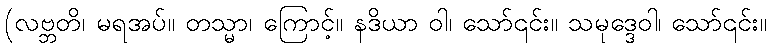
(လဗ္ဘတိ၊ မရအပ်။ တသ္မာ၊ ကြောင့်။ နဒိယာ ဝါ၊ သော်၎င်း။ သမုဒ္ဒေဝါ၊ သော်၎င်း။